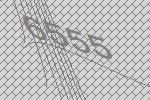
6555